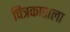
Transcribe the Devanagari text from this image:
चित्रकाराला